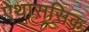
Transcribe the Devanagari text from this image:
ऐथाससिक